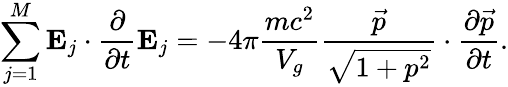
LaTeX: \sum_{j=1}^{M}\mathbf{E}_{j}\cdot\frac{\partial}{\partial t}\mathbf{E}_{j}=-4\pi\frac{mc^{2}}{V_{g}}\frac{\vec{p}}{\sqrt{1+p^{2}}}\cdot\frac{\partial\vec{p}}{\partial t}.